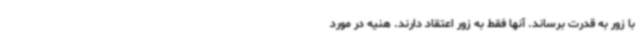
با زور به قدرت برساند. آنها فقط به زور اعتقاد دارند. هنیه در مورد